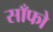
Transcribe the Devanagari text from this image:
साँफो